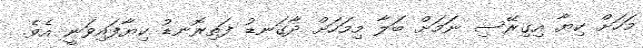
މަހަށް ކިޔާ އިގިރޭސި ނަމަށް ބަލާ މިމަހަށް ދާގަނޑު ފަތިރޮނޑު ކިޔާފައިވަނީ އެވެ.